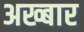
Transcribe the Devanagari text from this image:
अख्बार